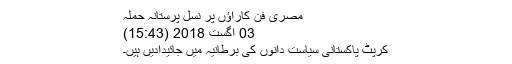
مصری فن کاراؤں پر نسل پرستانہ حملہ
03 اگست 2018 (15:43)
کرپٹ پاکستانی سیاست دانوں کی برطانیہ میں جائیدادیں ہیں۔